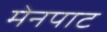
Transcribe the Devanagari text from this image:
मेनपाट